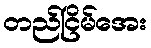
တည်ငြိမ်အေး